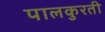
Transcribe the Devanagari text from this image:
पालकुरती